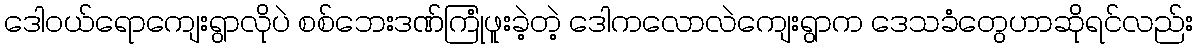
ဒေါဝယ်ရောကျေးရွာလိုပဲ စစ်ဘေးဒဏ်ကြုံဖူးခဲ့တဲ့ ဒေါကလောလဲကျေးရွာက ဒေသခံတွေဟာဆိုရင်လည်း